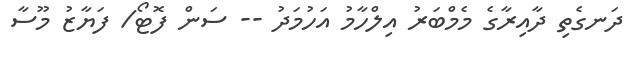
ދަނގެތި ދާއިރާގެ މެމްބަރު އިލްހާމު އަހުމަދު -- ސަން ފޮޓޯ/ ފަޔާޒު މޫސާ